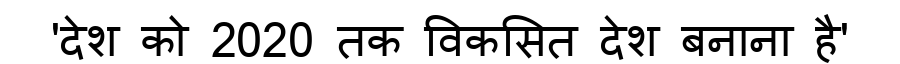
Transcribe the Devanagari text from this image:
'देश को 2020 तक विकसित देश बनाना है'